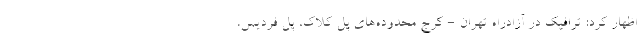
اظهار کرد: ترافیک در آزادراه تهران - کرج محدوده‌های پل کلاک، پل فردیس،